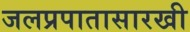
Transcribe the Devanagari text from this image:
जलप्रपातासारखी